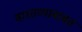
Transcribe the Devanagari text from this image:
वास्तव्याबाबत